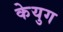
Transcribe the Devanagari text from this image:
केयुग